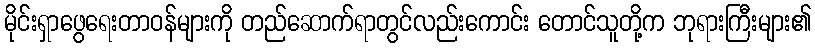
မိုင်းရှာဖွေရေးတာဝန်များကို တည်ဆောက်ရာတွင်လည်းကောင်း တောင်သူတို့က ဘုရားကြီးများ၏